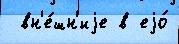
 вн'е́шн'иjе в еjо́